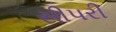
સીપરી